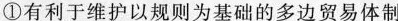
①有利于维护以规则为基础的多边贸易体制